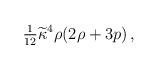
LaTeX: \begin{align*}{\textstyle{1\over12}}\widetilde{\kappa}^4\rho(2\rho+3p)\,,\end{align*}